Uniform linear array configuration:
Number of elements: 8
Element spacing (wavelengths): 0.25
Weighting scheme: hamming
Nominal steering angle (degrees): -45
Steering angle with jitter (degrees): -46.973
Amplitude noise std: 0.05
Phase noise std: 0.05

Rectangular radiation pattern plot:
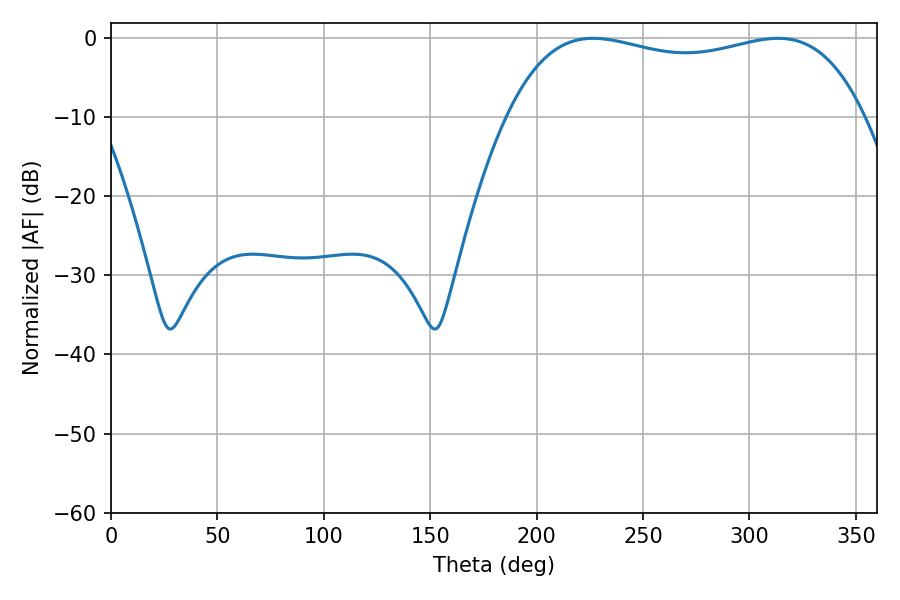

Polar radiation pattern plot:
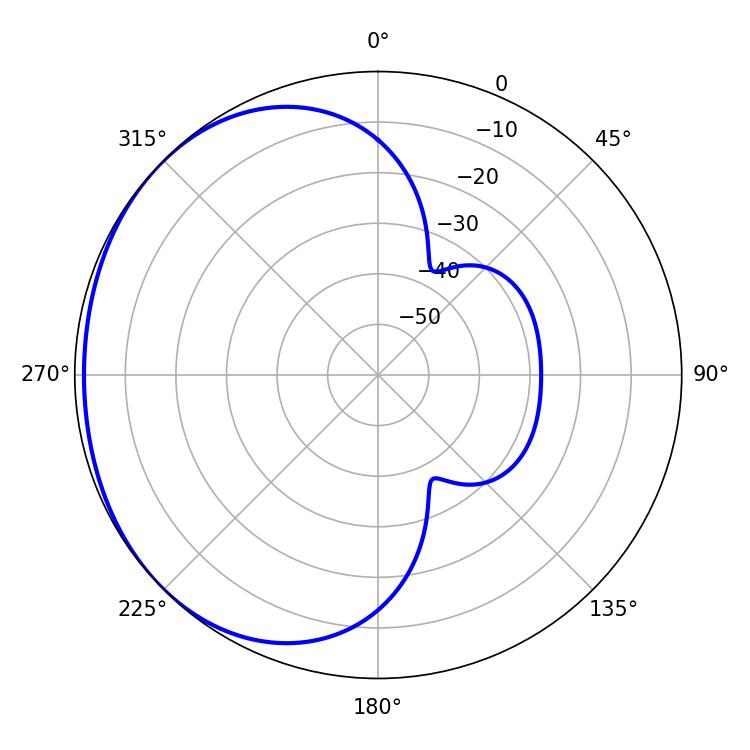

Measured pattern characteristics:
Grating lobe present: FALSE
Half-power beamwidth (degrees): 135.72
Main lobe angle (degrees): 226.62